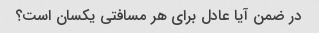
در ضمن آیا عادل برای هر مسافتی یکسان است؟